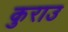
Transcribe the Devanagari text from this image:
कुराउ